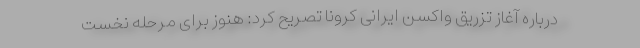
درباره آغاز تزریق واکسن ایرانی کرونا تصریح کرد: هنوز برای مرحله نخست